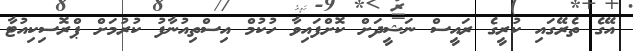
އޭގެ ތެރޭގައި ކުރީގެ ރައީސް ނަޝީދަށް ކޮށްފައިވާ ހުކުމް އިސްތިއުނާފު ކުރުމަށް ޕްރޮސިކިއުޓާ